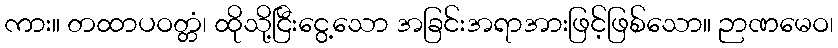
ကား။ တထာပဝတ္တံ၊ ထိုသို့ငြီးငွေ့သော အခြင်းအရာအားဖြင့်ဖြစ်သော။ ဉာဏမေဝ၊